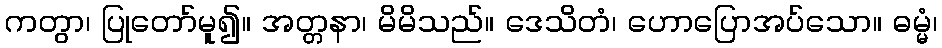
ကတွာ၊ ပြုတော်မူ၍။ အတ္တနာ၊ မိမိသည်။ ဒေသိတံ၊ ဟောပြောအပ်သော။ ဓမ္မံ၊